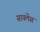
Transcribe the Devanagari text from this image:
सायलेंस